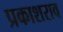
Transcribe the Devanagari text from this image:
प्रकाशराव